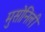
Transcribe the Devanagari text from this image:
मुसोनिली